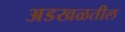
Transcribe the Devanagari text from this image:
अडखळतील